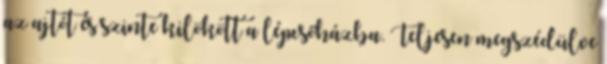
az ajtót és szinte kilökött a lépcsőházba. Teljesen megszédülve